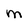
Character: m